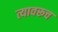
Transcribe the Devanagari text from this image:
त्यावरूच